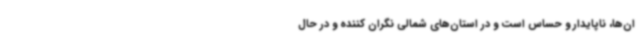
ان‌ها، ناپایدار و حساس است و در استان‌های شمالی نگران کننده و در حال